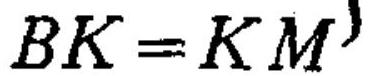
\(BK = KM\)